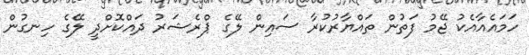
ހަމައެއާއެކު ޖޭމު ފަތުން ތައްޔާރުކުރާ ސައިން ލޭގެ ޕްރެޝަރު ދައްކޮށްދީ ލޭގެ ހިނގުން